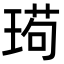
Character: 㻤